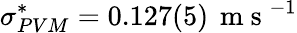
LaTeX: \sigma_{PVM}^{*}=0.127(5)\, \mathrm{~m~s~}^{-1}